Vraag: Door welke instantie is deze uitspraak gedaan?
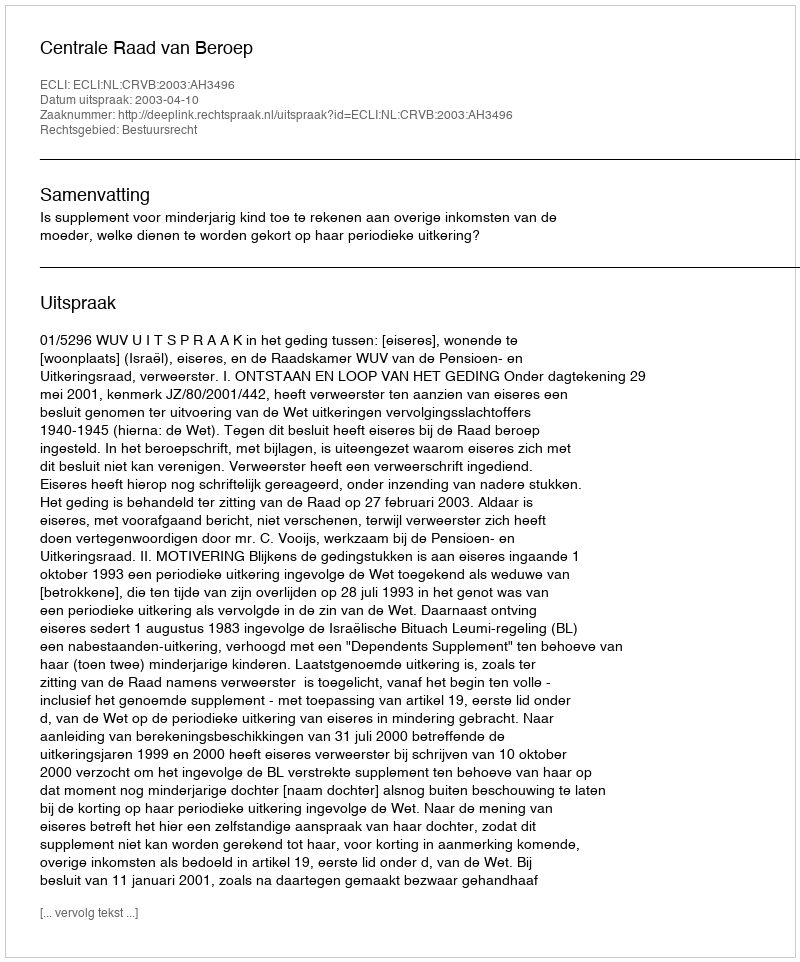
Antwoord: Centrale Raad van Beroep